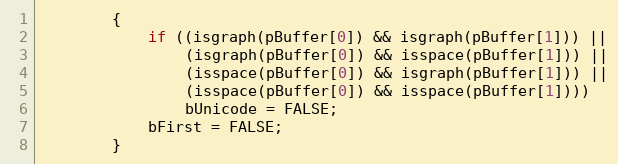
Language: C++
        {
            if ((isgraph(pBuffer[0]) && isgraph(pBuffer[1])) ||
                (isgraph(pBuffer[0]) && isspace(pBuffer[1])) ||
                (isspace(pBuffer[0]) && isgraph(pBuffer[1])) ||
                (isspace(pBuffer[0]) && isspace(pBuffer[1])))
                bUnicode = FALSE;
            bFirst = FALSE;
        }